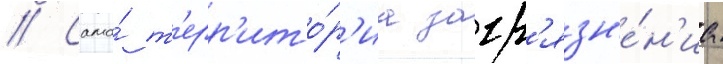
// Сама́ т'ерр'ито́р'иа загр'язн'е́н'иа